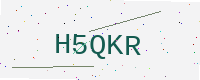
Text: H5QKR